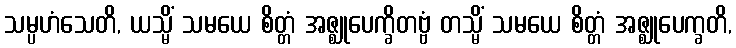
သမ္ပဟံသေတိ, ယသ္မိံ သမယေ စိတ္တံ အဇ္ဈုပေက္ခိတဗ္ဗံ တသ္မိံ သမယေ စိတ္တံ အဇ္ဈုပေက္ခတိ,